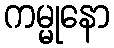
ကမ္မုနော